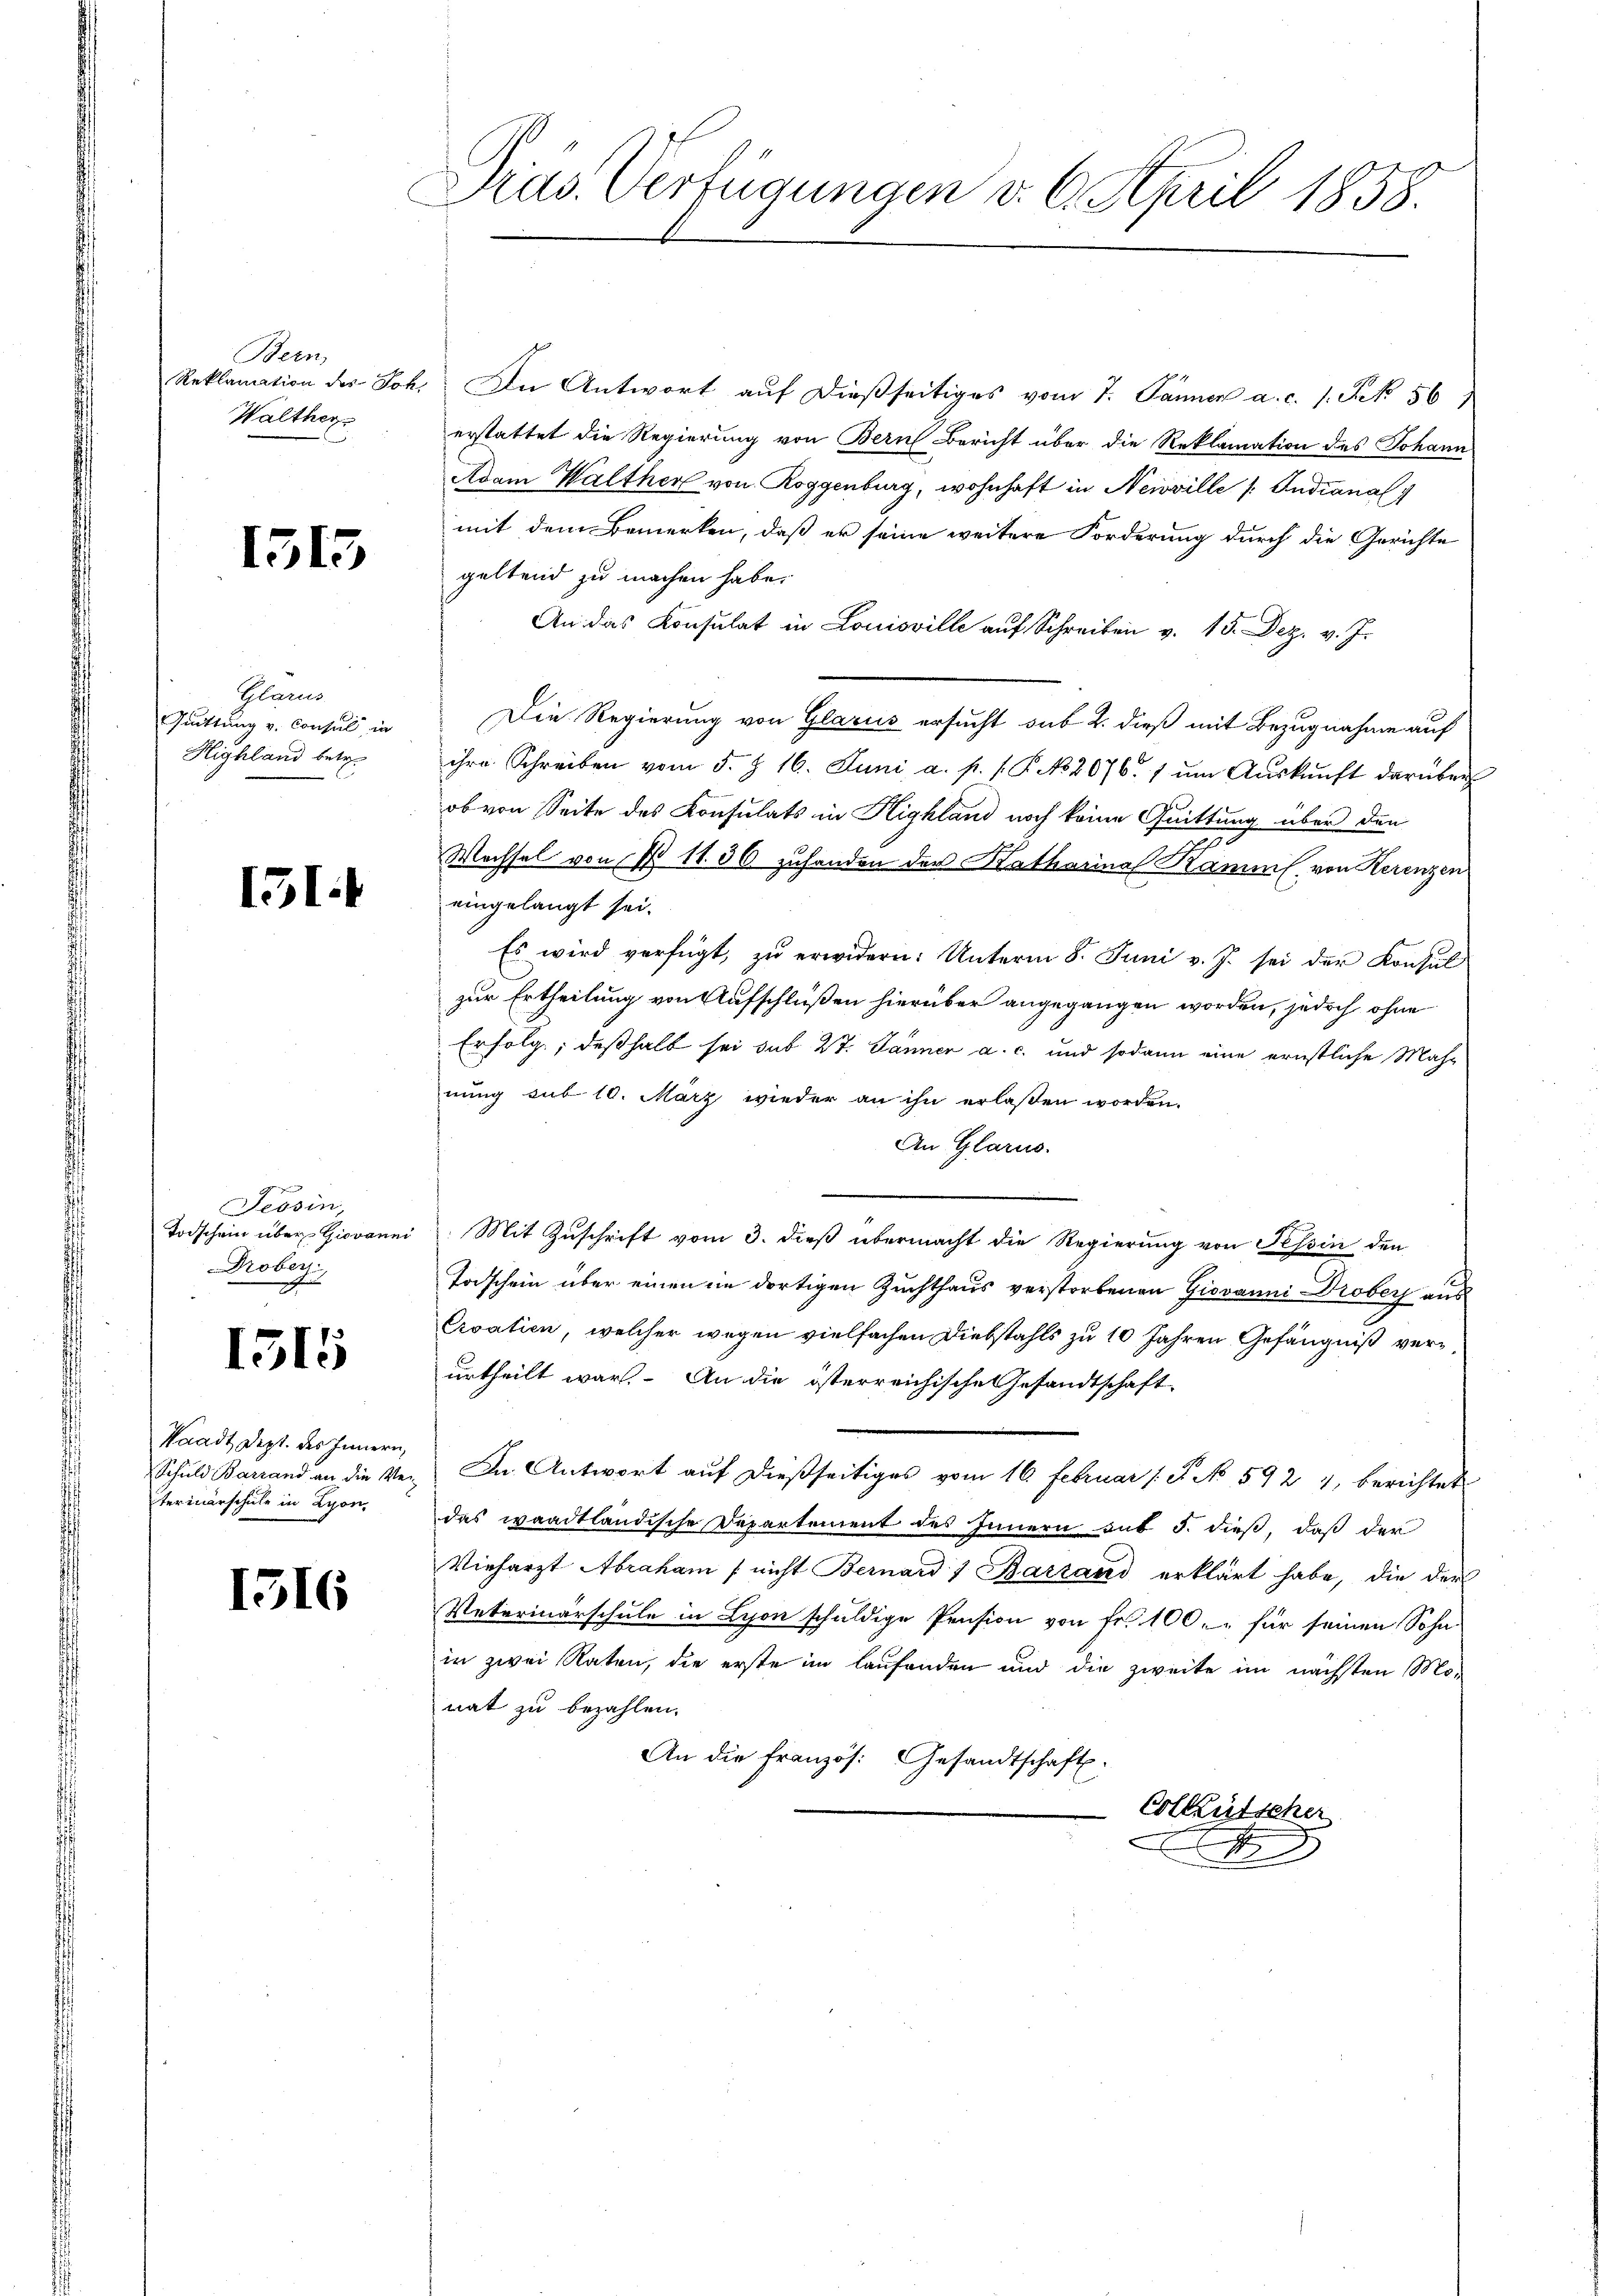
Bern,
Reklamation des Joh.
Walther

1315

Glarus
Quittung v. Consul in
Highland betre

151

Tessin,
Todschein über Giovanni
Drober.
hen

1515

Waadt, Dept. des Innern,
Schuld Barrand an die Ver
terinärschule in Lyon,

1316

Prus. Verfügungen v. 6. April 1858.

In Antwort auf dießseitiges vom 7. Jänner a. c. 1. Sek 56/
erstattet die Regierung von Bern Bericht über die Reklamation des Johann
Adam Walther von Roggenburg, wohnhaft in Neuville /: Indianal
mit dem Bemerken, daß er seine weitere Forderung durch die Gerichte
geltend zu machen habe.
An das Konsulat in Louisville aŭf Schreiben v. 15. Dez. v. J.
Die Regierung von Glarus ersucht sub 2. dieß mit Bezugnahme auf
ihre Schreiben vom 5. Z. 16. Juni a. p. s. P. No 2076. 7 ŭm Aŭskŭnft darüber
ob von Seite des Konsulats in Highland noch keine Quittung über den
Wachsel von § 11. 36 zuhanden der Katharina Kamml. von Herenzen
eingelangt sei.
Es wird verfügt, zŭ erwidern: Unterm 8. Juni v. J. sei der Konsul
zur Ertheilung von Aufschlüßen hierüber angegangen worden, jedoch ohne
Erfolg, deßhalb sei sub 27. Jänner a. c. und sodann eine ernstliche Mahr
nung sub 10. März wieder an ihn erlaßen worden.
An Glarus.
Mit Zuschrift vom 3. dieß übermacht die Regierung von Tessin den
Todschein über einen in dortigen Zuchthaus verstorbenen Giovanni Probers aus
Croatien, welcher wegen vielfachen Diebstahls zu 10 Jahren Gefängniß verurtheilt war. An die österreichische Gesandtschaft
In Antwort auf dießseitiges vom 16. Februar 1 S. No. 592 4, berichtet
das waadtländische Departement des Innern sub 5. dieß, daß der
Vieharzt Abraham (nicht Bernard 7 Barzand erklärt habe, die der
Veterinarschule in Lyon schuldige Pension von Fr. 100. für seinen Sohn
in zwei Raten, die erste im laufenden und die zweite im nächsten Mo-
nat zu bezahlen.
An die französ. Gesandtschaft.
Colkutscher
A